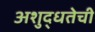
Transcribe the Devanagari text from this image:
अशुद्धतेची